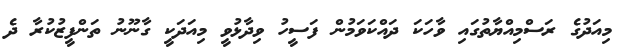
މިއަދުގެ ރަސްމިއްޔާތުގައި ވާހަކަ ދައްކަވަމުން ފަސީހު ވިދާޅުވީ މިއަދަކީ ގާނޫނު ތަންފީޒުކުރާ ދެ